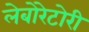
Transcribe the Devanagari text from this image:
लेबोरेटोरी